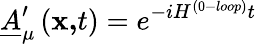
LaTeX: \underline{{{A}}}_{\mu}^{\prime}\left(\mathbf{x,}t\right)=e^{-iH^{(0-loop)}t}